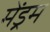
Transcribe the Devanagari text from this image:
मेंड्रम